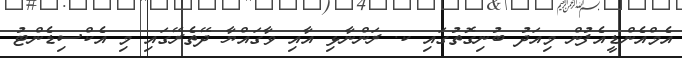
އެމްއެންޑީއެފުން މިއަދު ބުނިގޮތުގައި ކ. ރަންނާޅި އާއި ވާގައްޔާ ދޭތެރޭގައި މި އެކްސިޑެންޓު